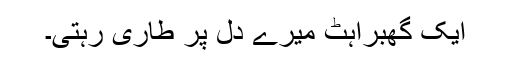
ایک گھبراہٹ میرے دل پر طاری رہتی۔